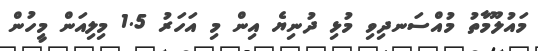
މައުލޫމާތު މުއްސަނދިވި މުޅި ދުނިޔެ އިން މި އަހަރު 1.5 މިލިއަން މީހުން